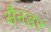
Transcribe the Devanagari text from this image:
सैनडर